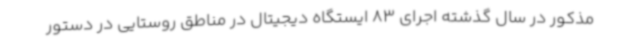
مذکور در سال گذشته اجرای 83 ایستگاه دیجیتال در مناطق روستایی در دستور